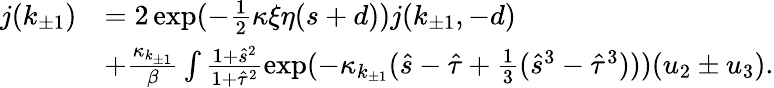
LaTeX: \begin{array}{rl}{j(k_{\pm 1})}&{=2\exp(-\frac 12\kappa\xi\eta(s+d))j(k_{\pm 1},-d)}\\ &{+\frac{\kappa_{k_{\pm 1}}}{\beta}\int\frac{1+\hat{s}^{2}}{1+\hat{\tau}^{2}}\exp(-\kappa_{k_{\pm 1}}(\hat{s}-\hat{\tau}+\frac 13(\hat{s}^{3}-\hat{\tau}^{3})))(u_{2}\pm u_{3}).}\end{array}